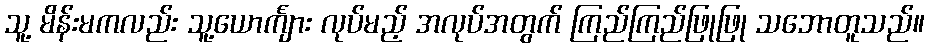
သူ့ မိန်းမကလည်း သူ့ယောင်္ကျား လုပ်မည့် အလုပ်အတွက် ကြည်ကြည်ဖြုဖြု သဘောတူသည်။